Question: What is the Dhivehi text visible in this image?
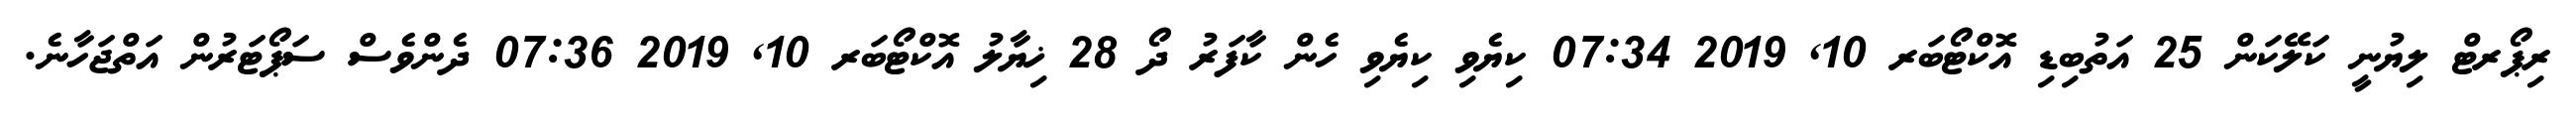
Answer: ރިޕޯރޓް ލިޔުނީ ކަލޭކަން 25 އަތުބިޑި އޮކްޓޯބަރ 10, 2019 07:34 ކިޔެވި ކިޔެވި ހެން ކާފަރު ދޯ 28 ޚިޔާލު އޮކްޓޯބަރ 10, 2019 07:36 ދެންވެސް ސަޕޯޓަރުން އަތްޖަހާނެ.